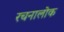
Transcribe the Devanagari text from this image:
रचनालोक